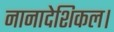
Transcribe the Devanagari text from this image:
नानादेशिकल।